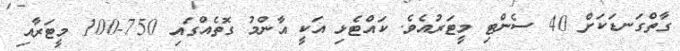
ގާތްގަނޑަކަށް 40 ސެންޓި މީޓަރުއެވެ. ކައްޓެޅި އަކީ އާންމު ގޮތެއްގައި 750-100 މީޓަރާއި